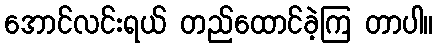
အောင်လင်းရယ် တည်ထောင်ခဲ့ကြ တာပါ။